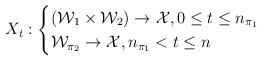
LaTeX: \begin{align*} X_{t}:\begin{cases} (\mathcal{W}_1\times\mathcal{W}_2) \rightarrow \mathcal{X},0\leq t\leq n_{\pi_1}\\ \mathcal{W}_{\pi_2} \rightarrow \mathcal{X},n_{\pi_1}< t \leq n \end{cases}\end{align*}